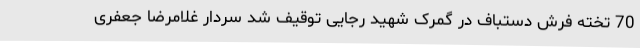
70 تخته فرش دستباف در گمرک شهید رجایی توقیف شد سردار غلامرضا جعفری